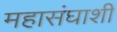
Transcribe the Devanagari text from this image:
महासंघाशी